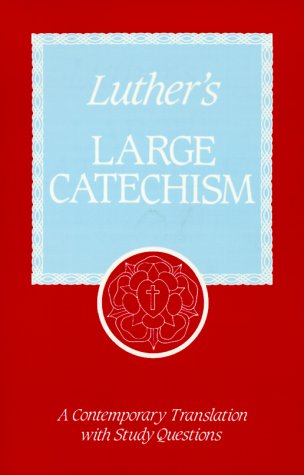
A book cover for Luther's Large Catechism: A Contemporary Translation With Study Questions; Martin Luther; Christian Books & Bibles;